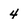
Character: 4